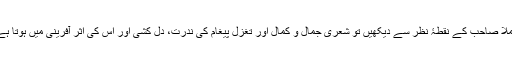
جیسا کہ ناقدین کا عام رجحان ہے مگر ملّا صاحب کے نقطۂ نظر سے دیکھیں تو شعری جمال و کمال اور تغزل پیغام کی ندرت، دل کشی اور اس کی اثر آفرینی میں ہوتا ہے، طرز بیان اور حسن بیان میں ہوتا ہے۔